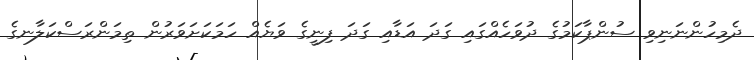
ދެމިހުންނަނިވި ސުންޕާކަމުގެ ދުވަހެއްގައި ގަދަ އަޑާއި ގަދަ ފިނީގެ ވަޔެއް ހަމަކަށަވަރުން ތިމަންރަސްކަލާނގެ